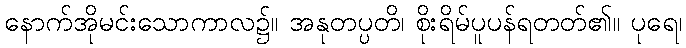
နောက်အိုမင်းသောကာလ၌။ အနုတပ္ပတိ၊ စိုးရိမ်ပူပန်ရတတ်၏။ ပုရေ၊